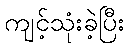
ကျင့်သုံးခဲ့ပြီး